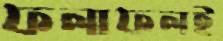
ফলাফলই